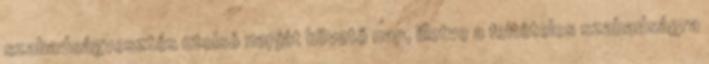
szabadságvesztés utolsó napját követő nap, illetve a feltételes szabadságra